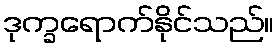
ဒုက္ခရောက်နိုင်သည်။